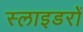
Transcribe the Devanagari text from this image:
स्लाइडरों